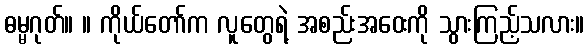
ဓမ္မဂုတ်။ ။ ကိုယ်တော်က လူတွေရဲ့ အစည်းအဝေးကို သွားကြည့်သလား။